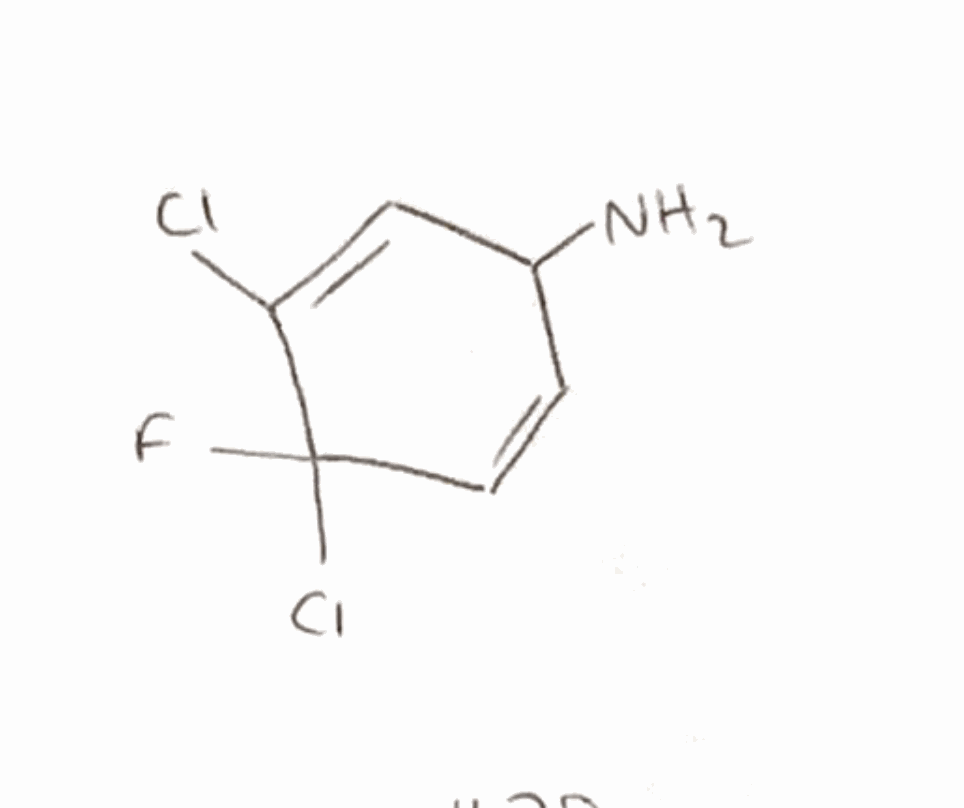
Simplified molecular-input line-entry system (SMILES) notation of the given molecule:
C1=CC(C(=CC1N)Cl)(F)Cl